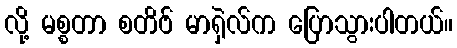
လို့ မစ္စတာ စတိဗ် မာရှဲလ်က ပြောသွားပါတယ်။